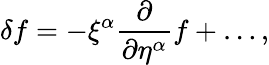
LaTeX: \delta f=-\xi^{\alpha}\frac{\partial}{\partial\eta^{\alpha}}f+\ldots,